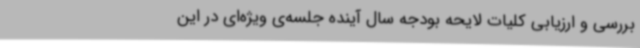
بررسی و ارزیابی کلیات لایحه بودجه سال آینده جلسه‌ی ویژه‌ای در این